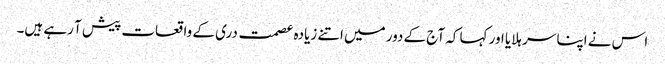
اس نے اپنا سر ہلایا اور کہا کہ آج کے دور میں اتنے زیادہ عصمت دری کے واقعات پیش آ رہے ہیں۔